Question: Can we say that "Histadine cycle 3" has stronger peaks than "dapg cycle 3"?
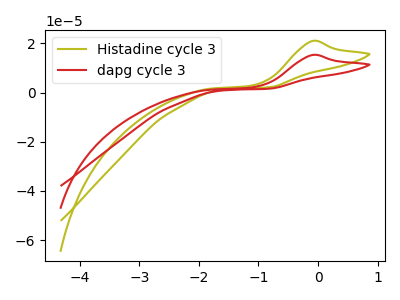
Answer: <think>The olive curve "Histadine cycle 3" has an anodic peak at: (-0.10V, 21.00uA). The red curve "dapg cycle 3" has an anodic peak at: (-0.10V, 15.30uA).</think>
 <answer>Every peak in "Histadine cycle 3" is higher than every peak in "dapg cycle 3".</answer>
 <eval>higher</eval>